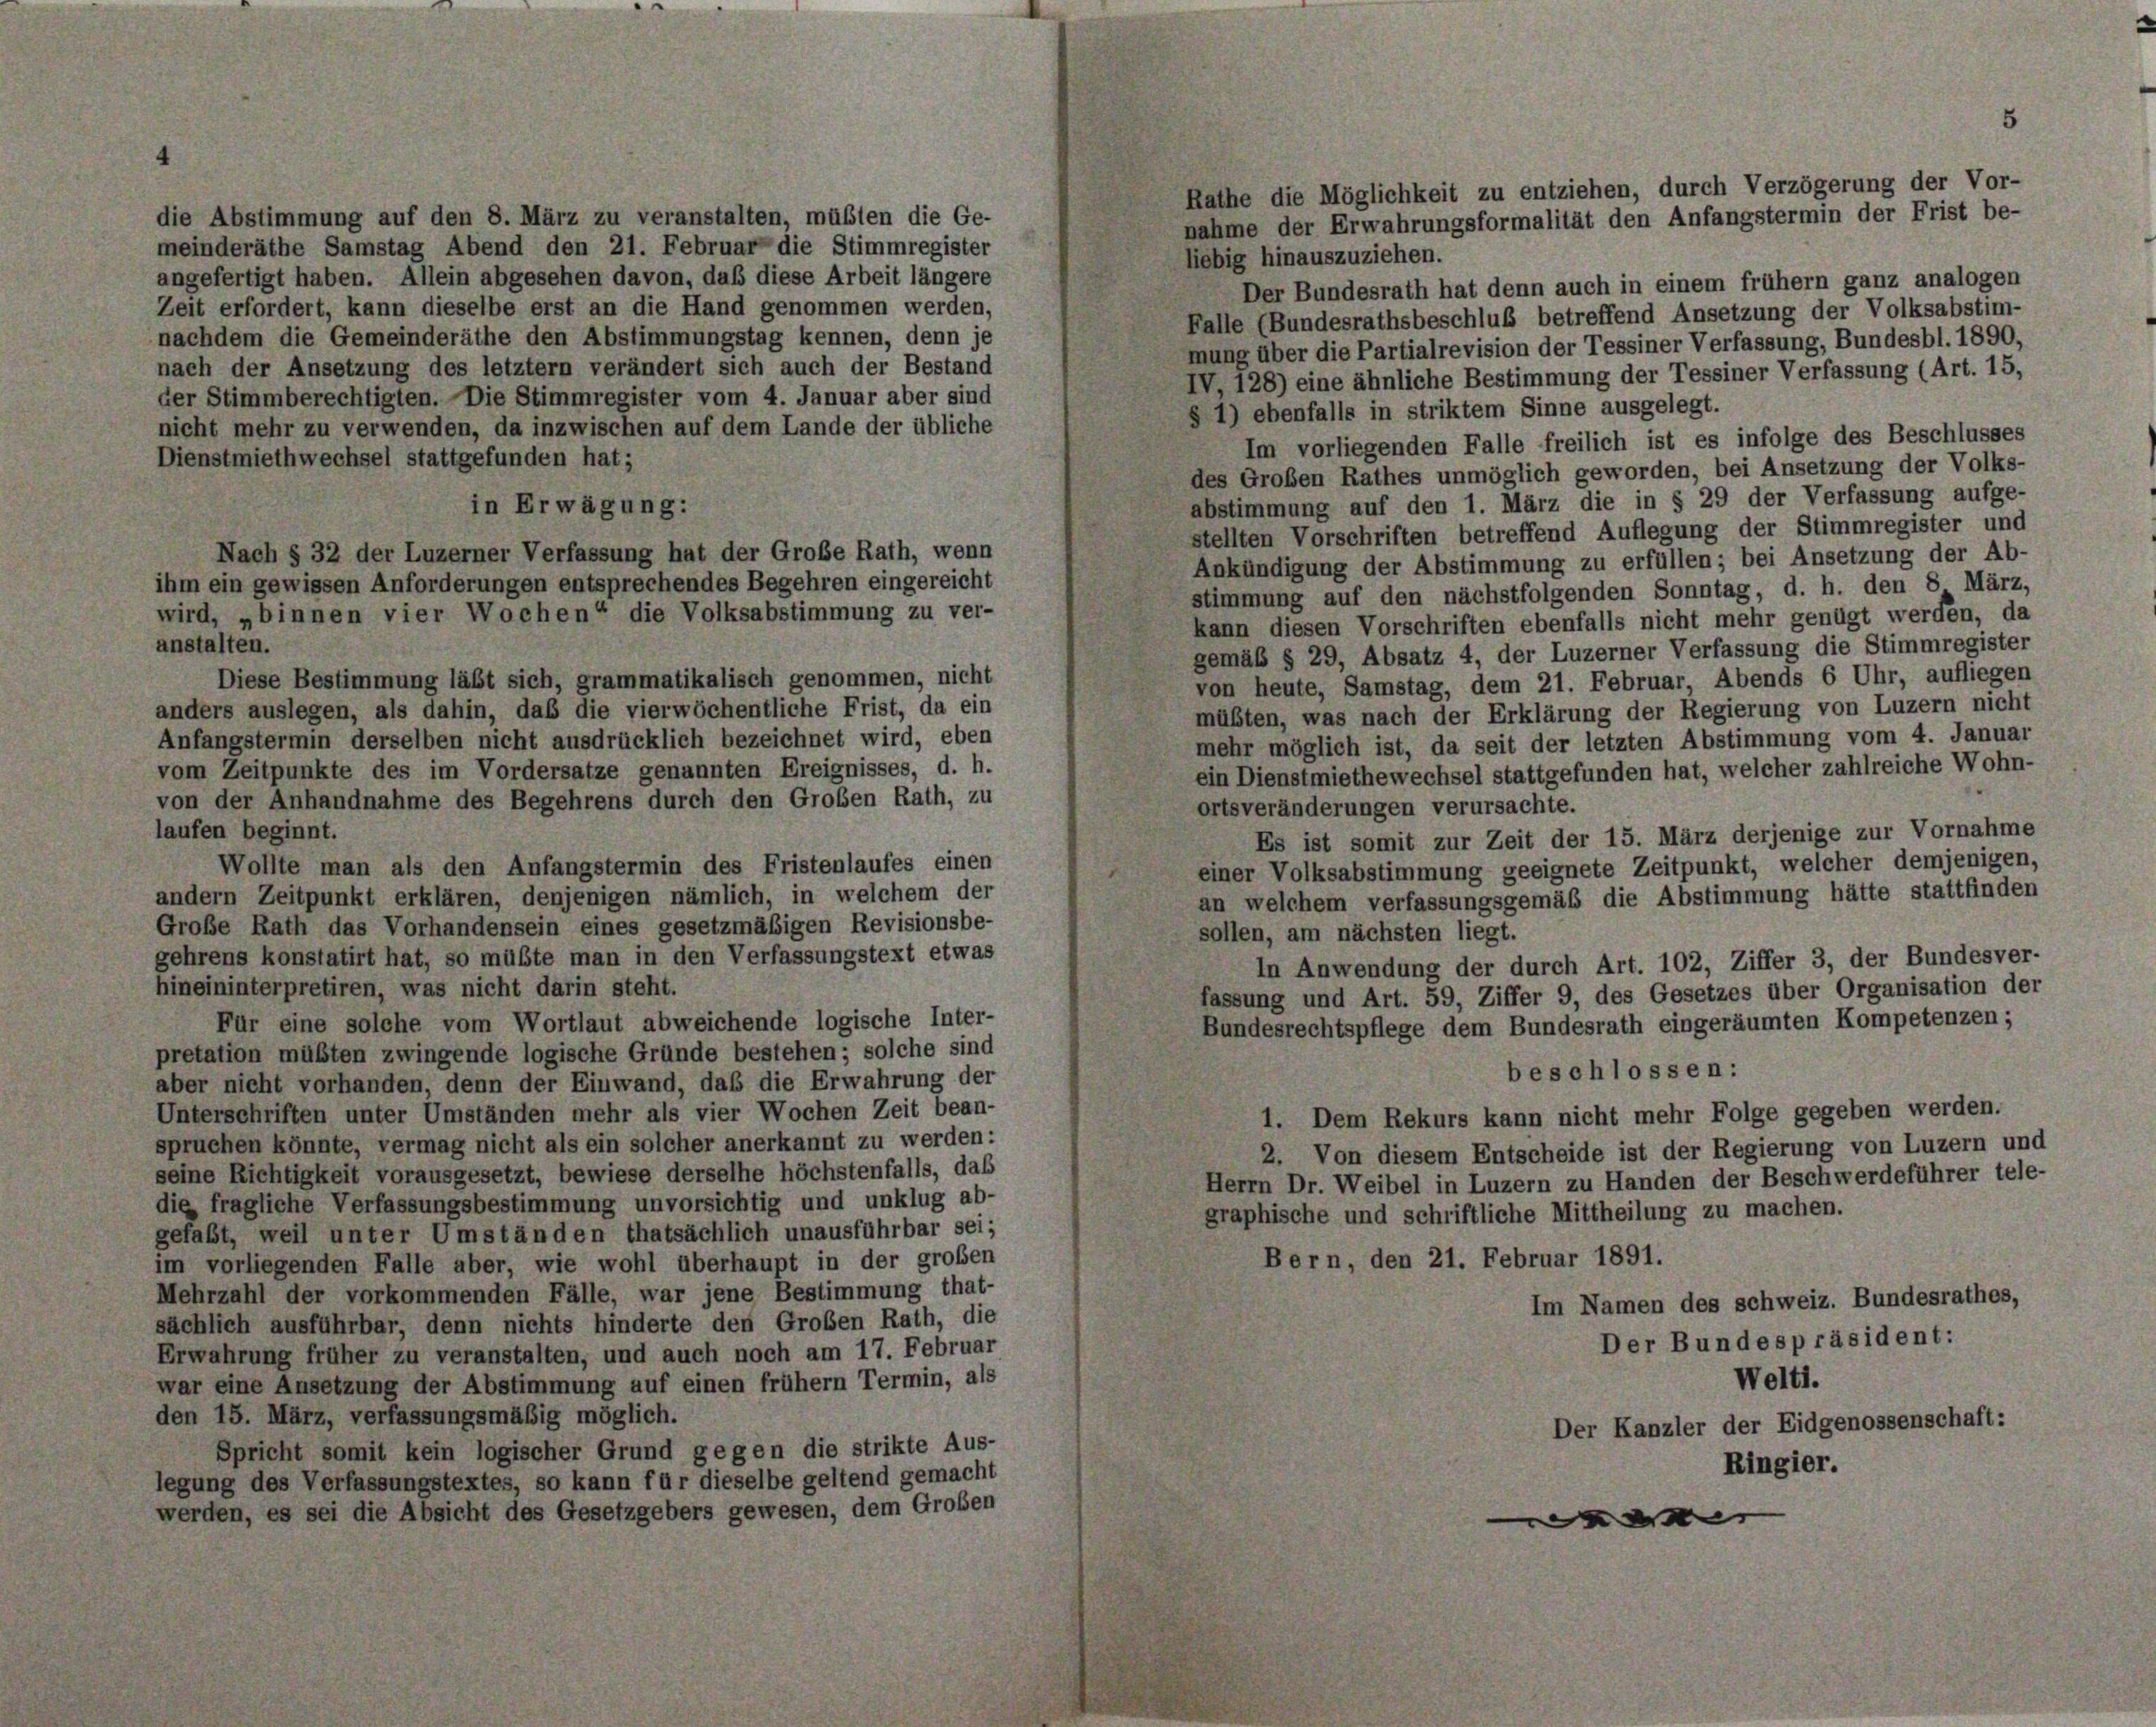
die Abstimmung auf den 8. März zu veranstalten, müßten die Ge-

5
Rathe die Möglichkeit zu entziehen, durch Verzögerung der Vor-
nahme der Erwahrungsformalität den Anfangstermin der Frist be-

meinderäthe Samstag Abend den 21. Februar die Stimmregister
liebig hinauszuziehen.
angefertigt haben. Allein abgesehen davon, daß diese Arbeit längere
Der Bundesrath hat denn auch in einem frühem ganz analogen
Zeit erfordert, kann dieselbe erst an die Hand genommen werden,
Falle (Bundesrathsbeschluß betreffend Ansetzung der Volksabstim-
nachdem die Gemeinderäthe den Abstimmungstag kennen, denn je
mung über die Partialrevision der Tessiner Verfassung, Bundesbl. 1890,
nach der Ansetzung des letztem verändert sich auch der Bestand
IV, 128) eine ähnliche Bestimmung der Tessiner Verfassung (Art. 15,
der Stimmberechtigten. Die Stimmregister vom 4. Januar aber sind
§ 1) ebenfalls in striktem Sinne ausgelegt.
nicht mehr zu verwenden, da inzwischen auf dem Lande der übliche
Im vorliegenden Falle freilich ist es infolge des Beschlusses
Dienstmiethwechsel stattgefunden hat;
des Großen Rathes unmöglich geworden, bei Ansetzung der Volks-
abstimmung auf den 1. März die in § 29 der Verfassung aufge-
in Erwägung:
stellten Vorschriften betreffend Auflegung der Stimmregister und
Nach § 32 der Luzerner Verfassung hat der Große Rath, wenn
Ankündigung der Abstimmung zu erfüllen; bei Ansetzung der Ab-
ihm ein gewissen Anforderungen entsprechendes Begehren eingereicht
stimmung auf den nächstfolgenden Sonntag, d. h. den 8. März,
wird, „binnen vier Wochen“ die Volksabstimmung zu ver-
kann diesen Vorschriften ebenfalls nicht mehr genügt werden, da
anstalten.
gemäß § 29, Absatz 4, der Luzerner Verfassung die Stimmregister
Diese Bestimmung läßt sich, grammatikalisch genommen, nicht
von heute, Samstag, dem 21. Februar, Abends 6 Uhr, aufliegen
anders auslegen, als dahin, daß die vierwöchentliche Frist, da ein
müßten, was nach der Erklärung der Regierung von Luzern nicht
Anfangstermin derselben nicht ausdrücklich bezeichnet wird, eben
mehr möglich ist, da seit der letzten Abstimmung vom 4. Januar
vom Zeitpunkte des im Vordersatze genannten Ereignisses, d. h.
ein Dienstmiethewechsel stattgefunden hat, welcher zahlreiche Wohn-
von der Anhandnahme des Begehrens durch den Großen Rath, zu
ortsveränderungen verursachte.
laufen beginnt.
Es ist somit zur Zeit der 15. März derjenige zur Vornahme
Wollte man als den Anfangstermin des Fristenlaufes einen
einer Volksabstimmung geeignete Zeitpunkt, welcher demjenigen,
andern Zeitpunkt erklären, denjenigen nämlich, in welchem der
an welchem verfassungsgemäß die Abstimmung hätte stattfinden
Große Rath das Vorhandensein eines gesetzmäßigen Revisionsbe-
sollen, am nächsten liegt.
gehrens konstatirt hat, so müßte man in den Verfassungstext etwas
In Anwendung der durch Art. 102, Ziffer 3, der Bundesver-
hineininterpretiren, was nicht darin steht.
fassung und Art. 59, Ziffer 9, des Gesetzes über Organisation der
Für eine solche vom Wortlaut abweichende logische Inter-
Bundesrechtspflege dem Bundesrath eingeräumten Kompetenzen;
pretation müßten zwingende logische Gründe bestehen; solche sind
beschlossen:
aber nicht vorhanden, denn der Einwand, daß die Erwahrung der
Unterschriften unter Umständen mehr als vier Wochen Zeit bean-
1. Dem Rekurs kann nicht mehr Folge gegeben werden.
spruchen könnte, vermag nicht als ein solcher anerkannt zu werden:
2. Von diesem Entscheide ist der Regierung von Luzern und
seine Richtigkeit vorausgesetzt, bewiese derselbe höchstenfalls, daß
Herrn Dr. Weibel in Luzern zu Handen der Beschwerdeführer tele-
die fragliche Verfassungsbestimmung unvorsichtig und unklug ab-
graphische und schriftliche Mittheilung zu machen.
gefaßt, weil unter Umständen thatsächlich unausführbar sei;
Bern, den 21. Februar 1891.
im vorliegenden Falle aber, wie wohl überhaupt in der großen
Mehrzahl der vorkommenden Fälle, war jene Bestimmung that-
Im Namen des schweiz. Bundesrathes,
sächlich ausführbar, denn nichts hinderte den Großen Rath, die
Der Bundespräsident:
Erwahrung früher zu veranstalten, und auch noch am 17. Februar
Welti.
war eine Ansetzung der Abstimmung auf einen frühem Termin, als
den 15. März, verfassungsmäßig möglich.
Der Kanzler der Eidgenossenschaft:
Spricht somit kein logischer Grund gegen die strikte Aus-
Ringier.
legung des Verfassungstextes, so kann für dieselbe geltend gemacht
werden, es sei die Absicht des Gesetzgebers gewesen, dem Großen
e